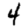
Digit: 4